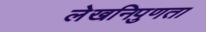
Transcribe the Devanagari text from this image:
लेखनिपुणता